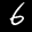
Label: 6